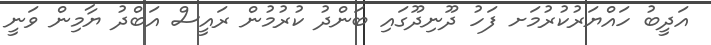
އަދީބު ހައްޔަރުކުރުމަށ ފަހު ދޫނިދޫގައި ބަންދު ކުރުމުން ރައީސް އަބްދު ޔާމިން ވަނީ